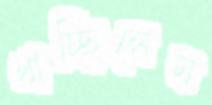
খাচ্ছিলেম